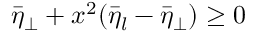
\bar { \eta } _ { \perp } + x ^ { 2 } ( \bar { \eta } _ { l } - \bar { \eta } _ { \perp } ) \ge 0